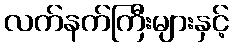
လက်နက်ကြီးများနှင့်